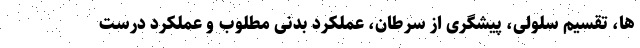
ها، تقسیم سلولی، پیشگری از سرطان، عملکرد بدنی مطلوب و عملکرد درست